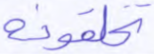
تخلقونه